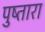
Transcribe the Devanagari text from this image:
पुष्तारा